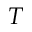
T